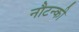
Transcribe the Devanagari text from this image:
नौटन्की